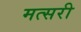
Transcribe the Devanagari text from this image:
मत्सरी